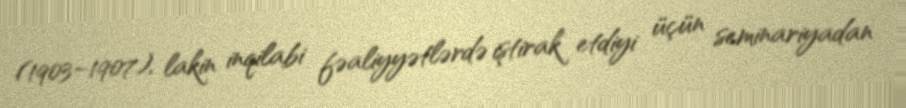
(1903–1907), lakin inqilabi fəaliyyətlərdə iştirak etdiyi üçün seminariyadan